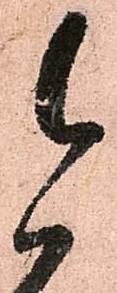
今